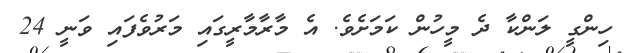
ހިންގީ ލަންކާ ދެ މީހުން ކަމަށެވެ. އެ މާރާމާރީގައި މަރުވެފައި ވަނީ 24